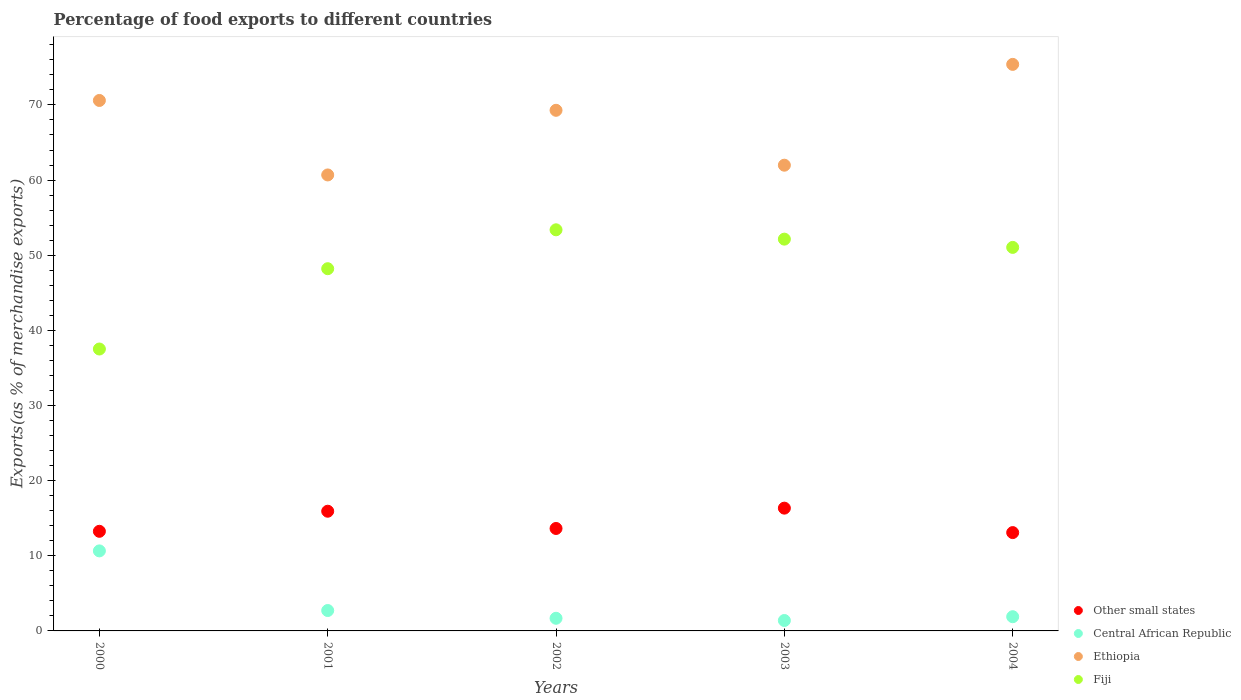
| Years | Other small states | Central African Republic | Ethiopia | Fiji |
 | --- | --- | --- | --- | --- |
 | 2000 | 13.3 | 10.7 | 70.6 | 37.5 |
 | 2001 | 15.9 | 2.71 | 60.7 | 48.2 |
 | 2002 | 13.6 | 1.68 | 69.3 | 53.4 |
 | 2003 | 16.3 | 1.39 | 62 | 52.1 |
 | 2004 | 13.1 | 1.89 | 75.4 | 51 |